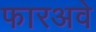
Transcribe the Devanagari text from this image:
फारअवे